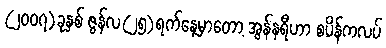
(၂၀၀၇)ခုနှစ် ဇွန်လ(၂၅)ရက်နေ့မှာတော့ အွန်နရီဟာ စပိန်ကလပ်